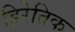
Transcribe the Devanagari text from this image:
हिरेतिक